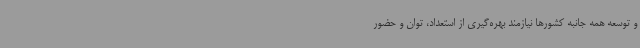
و توسعه همه جانبه کشورها نیازمند بهره‌گیری از استعداد، توان و حضور